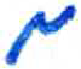
אות: מ